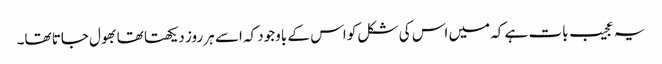
یہ عجیب بات ہے کہ میں اس کی شکل کو اس کے باوجود کہ اسے ہر روز دیکھتا تھا بھول جاتا تھا۔